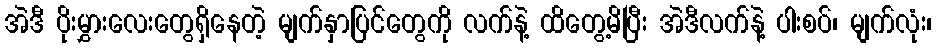
အဲဒီ ပိုးမွှားလေးတွေရှိနေတဲ့ မျက်နှာပြင်တွေကို လက်နဲ့ ထိတွေ့မိပြီး အဲဒီလက်နဲ့ ပါးစပ်၊ မျက်လုံး၊